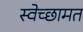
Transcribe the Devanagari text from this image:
स्वेच्छामत